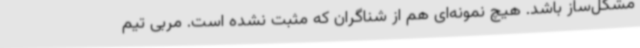
مشکل‌ساز باشد. هیچ نمونه‌ای هم از شناگران که مثبت نشده است. مربی تیم